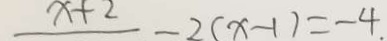
x + 2 - 2 ( x - 1 ) = - 4 .